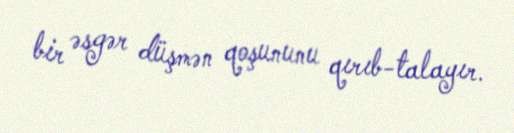
bir əsgər düşmən qoşununu qırıb-talayır.